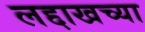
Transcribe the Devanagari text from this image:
लद्दाखच्या